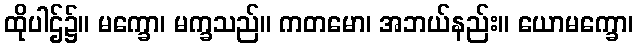
ထိုပါဌ်၌။ မက္ခော၊ မက္ခသည်။ ကတမော၊ အဘယ်နည်း။ ယောမက္ခော၊